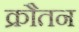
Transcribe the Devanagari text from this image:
क्रौतन